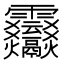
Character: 𩇒